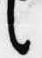
言